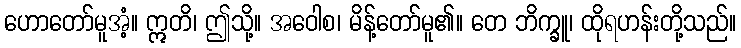
ဟောတော်မူအံ့။ ဣတိ၊ ဤသို့။ အဝေါစ၊ မိန့်တော်မူ၏။ တေ ဘိက္ခူ၊ ထိုရဟန်းတို့သည်။